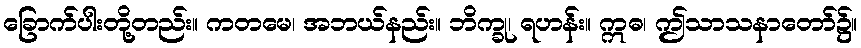
ခြောက်ပါးတို့တည်း။ ကတမေ၊ အဘယ်နည်း။ ဘိက္ခု၊ ရဟန်း။ ဣဓ၊ ဤသာသနာတော်၌။